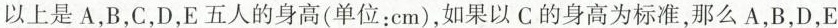
以上是A，B，C，D，E五人的身高(单位：cm)，如果以C的身高为标准，那么A，B，D，E